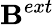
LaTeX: \mathbf{B}^{ext}